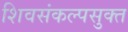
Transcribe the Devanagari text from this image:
शिवसंकल्पसुक्त